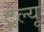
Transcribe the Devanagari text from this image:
ट्रेल्यू